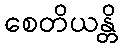
စေတိယန္တိ